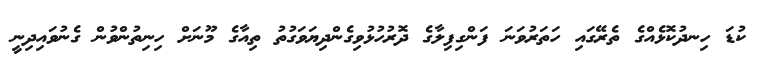
ކުޑަ ހިނދުކޮޅެއްގެ ތެރޭގައި ހަތަރުވަނަ ފަންގިފިލާގެ ދޮރުހުޅުވިގެންދިޔަވަގުތު ތިއާގެ މޫނަށް ހިނިތުންވުން ގެނުވައިދިނީ